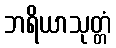
ဘရိယာသုတ္တံ